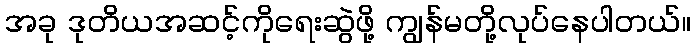
အခု ဒုတိယအဆင့်ကိုရေးဆွဲဖို့ ကျွန်မတို့လုပ်နေပါတယ်။